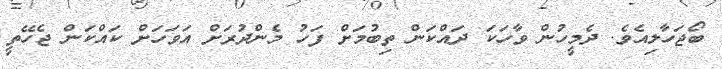
ބޯޖަހާލިއެވެ. ދެމީހުން ވާހަކަ ދައްކަން ތިބުމަށް ފަހު މެންދުރަށް އަވަހަށް ކައްކަން ޖެހޭތީ